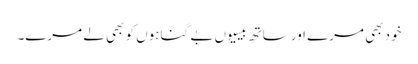
خود بھی مرے اور ساتھ بیسیوں بے گناہوں کو بھی لے مرے۔